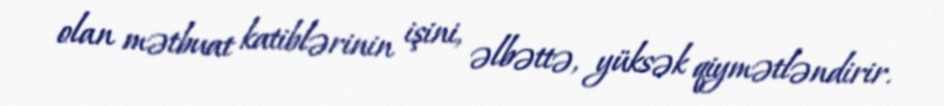
olan mətbuat katiblərinin işini, əlbəttə, yüksək qiymətləndirir.